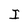
Character: I